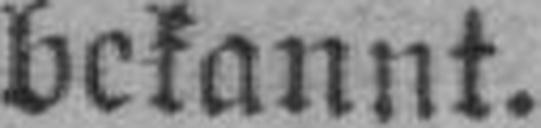
bekannt.